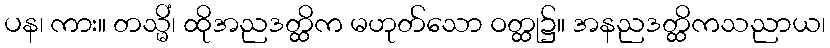
ပန၊ ကား။ တသ္မိံ၊ ထိုအညဒတ္ထိက မဟုတ်သော ဝတ္ထု၌။ အနညဒတ္ထိကသညာယ၊